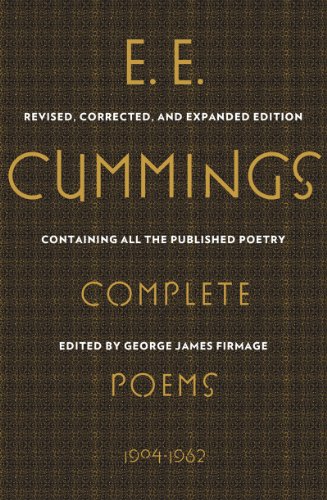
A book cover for Complete Poems, 1904-1962 (Liveright Classics); E. E. Cummings; Literature & Fiction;